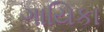
ગાયિકા